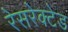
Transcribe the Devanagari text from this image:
रेसरेक्टेड